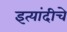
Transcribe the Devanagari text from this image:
इत्यांदीचे